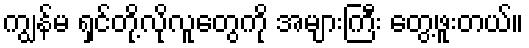
ကျွန်မ ရှင်တို့လိုလူတွေကို အများကြီး တွေ့ဖူးတယ်။